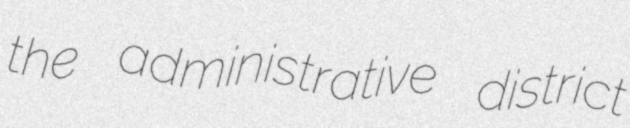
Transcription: the administrative district